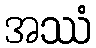
အဿံ